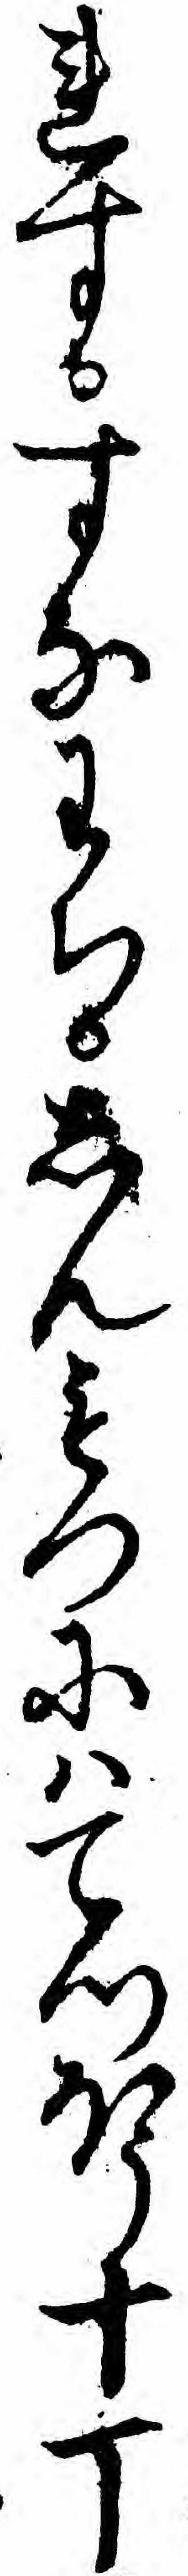
れすすなわちしんもつにハてつほう十丁